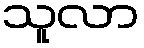
သူလာ